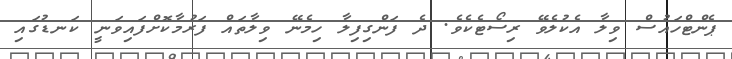
ޕެންޓްހައުސް ވިލާ އެކުލެވޭ ރިސޯޓެކެވެ. ދެ ފަންގިފިލާ ހިމެނޭ ވިލާތައް ފަރުމާކޮށްފައިވަނީ ކަނޑުގައި